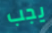
يجب